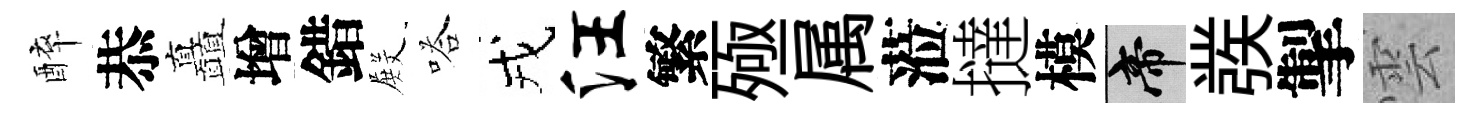
醉恭矗增錯𭮺嗒戎汪繁殛属蒞撻模帝彂掣雲